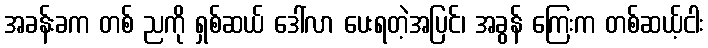
အခန်းခက တစ် ညကို ရှစ်ဆယ် ဒေါ်လာ ပေးရတဲ့အပြင်၊ အခွန် ကြေးက တစ်ဆယ့်ငါး